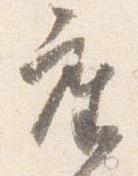
座